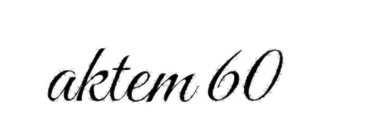
aktem 60